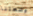
وضعتنا